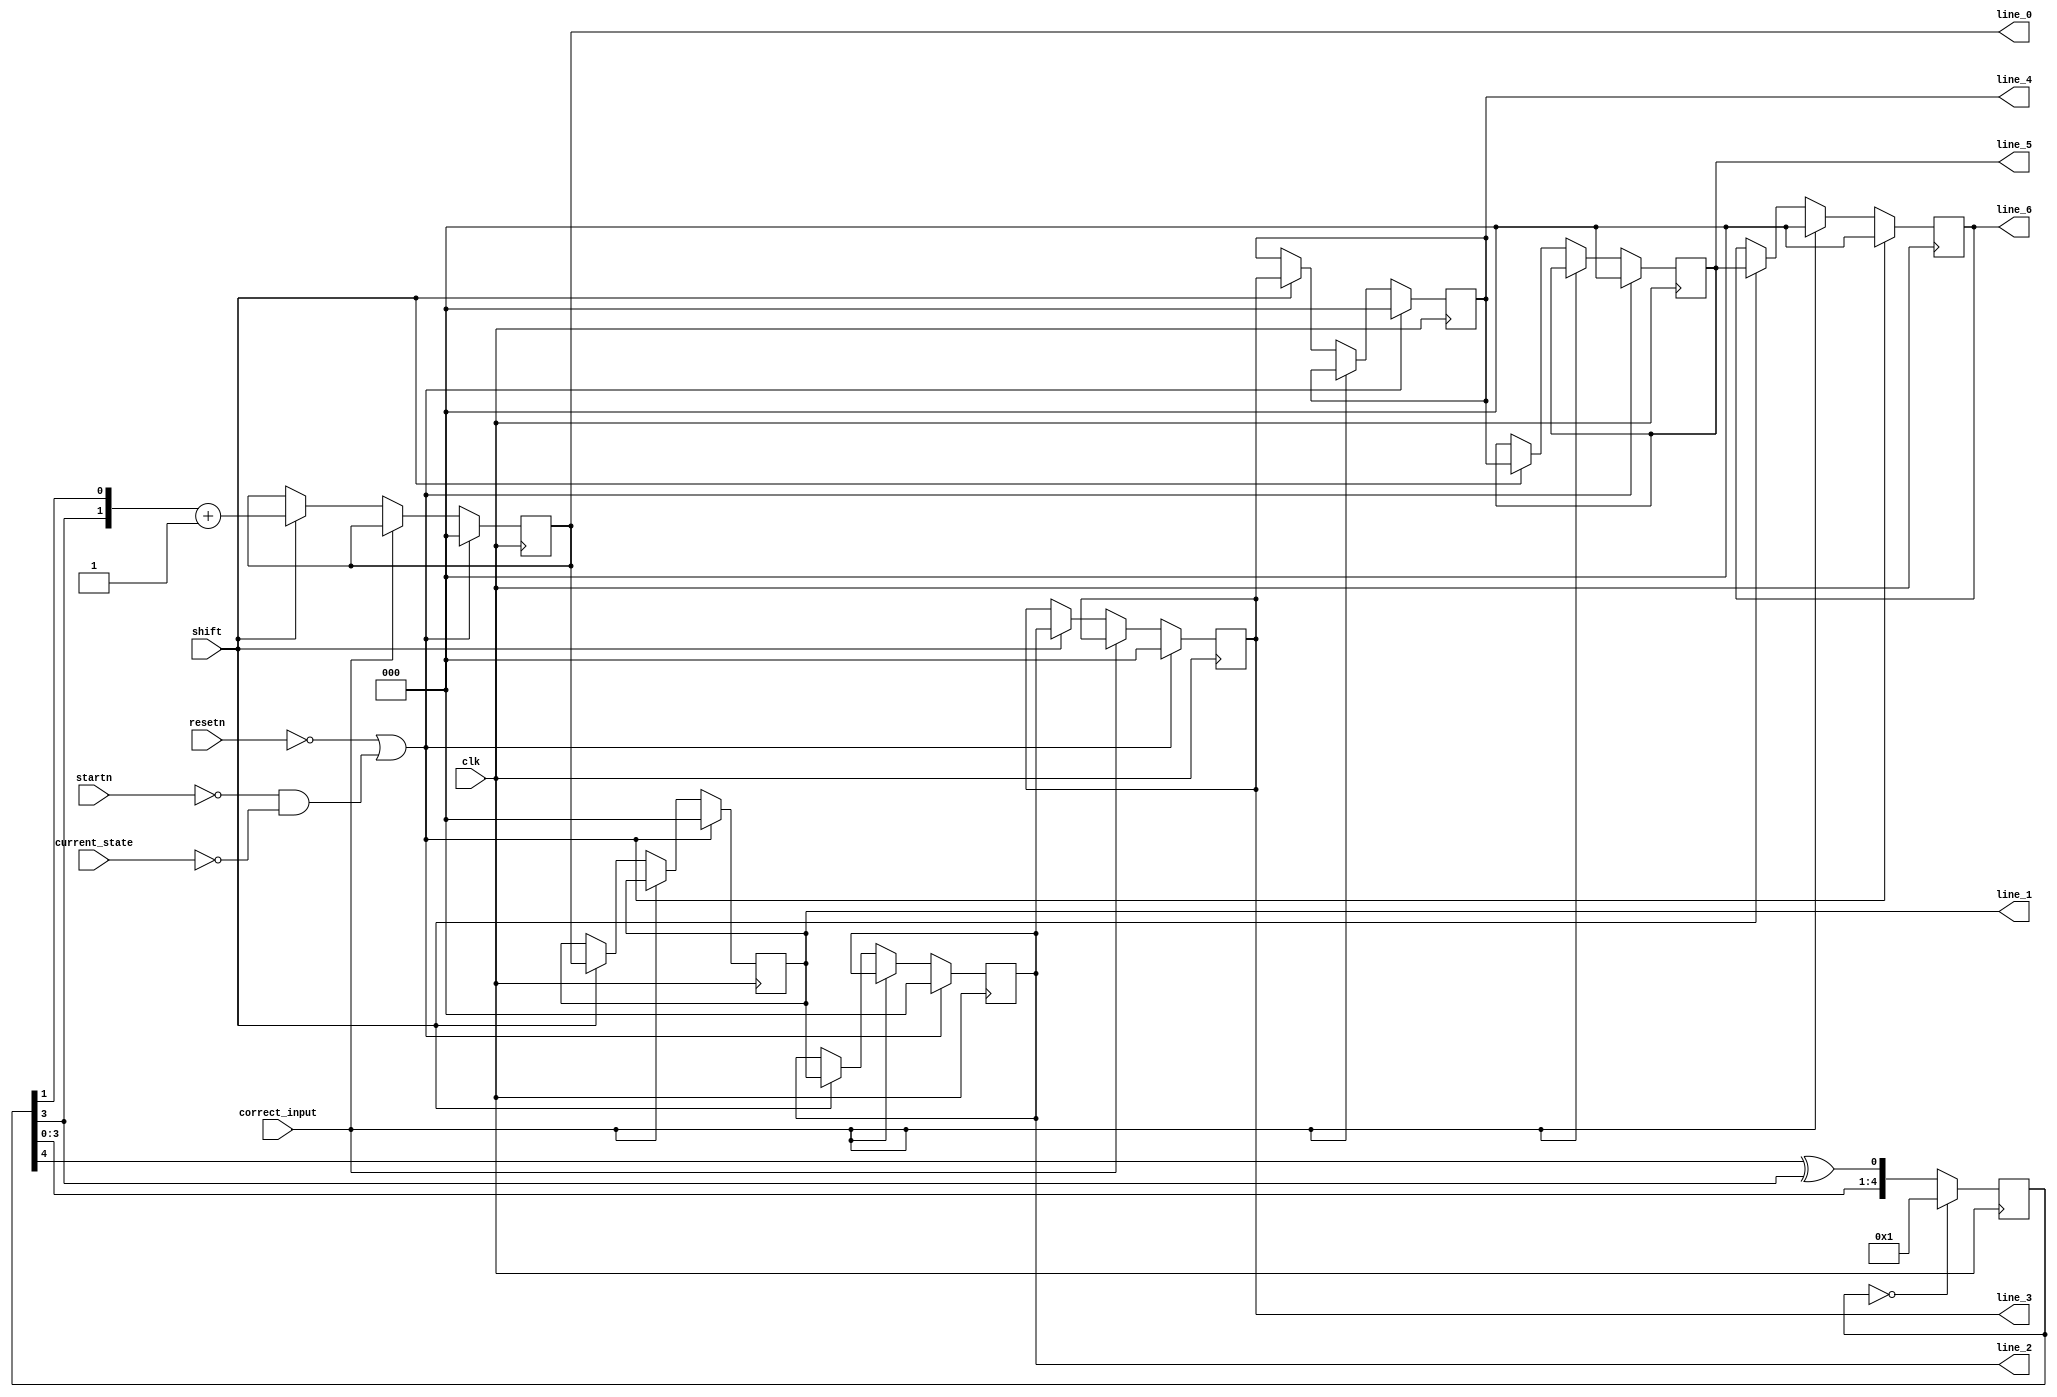

`timescale 1ns / 1ns

module shiftrow(
	input shift, 
	input clk, 
	input resetn,
	input startn,
	input correct_input,
	input [5:0] current_state,
	output reg	[2:0] line_0,	
	output reg  [2:0] line_1,
	output reg  [2:0] line_2,
	output reg  [2:0] line_3,
	output reg  [2:0] line_4,
	output reg  [2:0] line_5,
	output reg	[2:0] line_6
);

	reg [4:0] d;
	initial d = 5'b10101;
	
	always @(posedge clk) begin
		 if (d == 5'b00000)
			d <= 5'b00001;
		 else 
			d <= { d[3:0], d[4] ^ d[3] };
	end

	always @ (posedge clk)
	begin	
		if(!resetn | (!startn & current_state == 5'd0)) begin
			line_0<=3'b000;    	
			line_1<=3'b000;
			line_2<=3'b000;
			line_3<=3'b000;
			line_4<=3'b000;
			line_5<=3'b000;
			line_6<=3'b000;
			end
		else if (correct_input)
			line_6<=3'b000;
		else if(shift) begin
			line_0<= {d[3],d[1]} + 1'b1;    	
			line_1<=line_0;
			line_2<=line_1;
			line_3<=line_2;
			line_4<=line_3;
			line_5<=line_4;
			line_6<=line_5;
		end
	end

endmodule